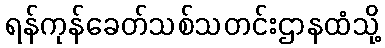
ရန်ကုန်ခေတ်သစ်သတင်းဌာနထံသို့